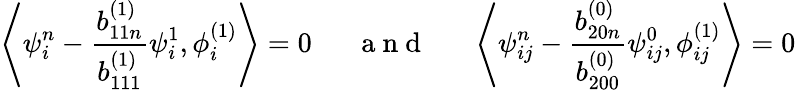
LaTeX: \left\langle\psi_{i}^{n}-\frac{b_{11n}^{(1)}}{b_{111}^{(1)}}\psi_{i}^{1},\phi_{i}^{(1)}\right\rangle=0\quad\mathrm{~~~a~n~d~~~}\quad\left\langle\psi_{ij}^{n}-\frac{b_{20n}^{(0)}}{b_{200}^{(0)}}\psi_{ij}^{0},\phi_{ij}^{(1)}\right\rangle=0